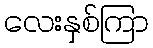
လေးနှစ်ကြာ